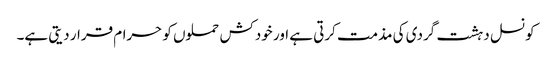
کونسل دہشت گردی کی مذمت کرتی ہے اور خودکش حملوں کو حرام قرار دیتی ہے۔